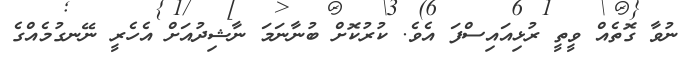
ނުވާ ގޮތެއް ވީތީ ރުޅިއައިސްފަ އެވެ. ކުރުކޮށް ބުނާނަމަ ނާޝިދުއަށް އެހެރީ ނޭނގުމެއްގެ